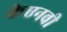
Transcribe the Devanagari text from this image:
केएनवी